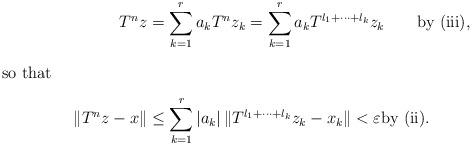
LaTeX: \begin{align*} T^{n}z&=\sum_{k=1}^{r}a_{k}T^{n}z_{k}=\sum_{k=1}^{r}a_{k}T^{l_{1}+\cdots+l_{k}}z_{k}\qquad\hbox{by (iii)},\intertext{so that}\|T^{n}z-x\|&\le\sum_{k=1}^{r}|a_{k}|\,\|T^{l_{1}+\cdots+l_{k}}z_{k}-x_{k}\|<\varepsilon\hbox{by (ii).}\end{align*}